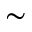
\sim